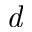
\textit { d }